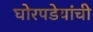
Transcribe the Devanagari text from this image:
घोरपडेयांची